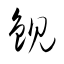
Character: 鋧